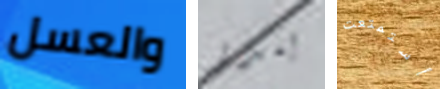
والعسل بندر أستمتعت